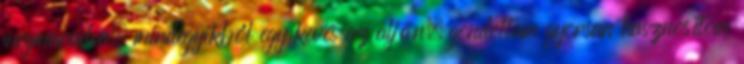
megmaradva, mindegyikből egy kevés az alján, gondoltam gyorsan hasznosítom